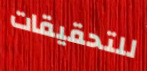
للتحقيقات